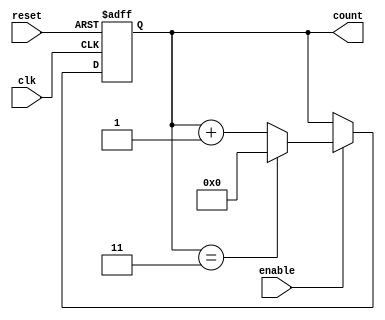
module ModuloN_Up_Counter(
  input clk,
  input reset,
  input enable,
  output reg [N-1:0] count
);
  
  parameter N = 4; // specify the modulo-N value
  
  always @(posedge clk or posedge reset) begin
    if (reset) begin
      count <= 0;
    end else begin
      if (enable) begin
        if (count == N-1) begin
          count <= 0;
        end else begin
          count <= count + 1;
        end
      end
    end
  end
endmodule